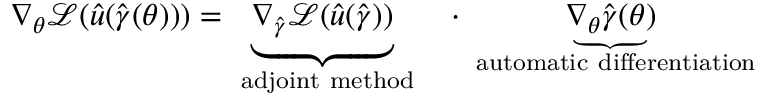
\nabla _ { \boldsymbol { \theta } } \mathcal { L } ( \hat { u } ( \boldsymbol { \hat { \gamma } } ( \boldsymbol { \theta } ) ) ) = \underbrace { \nabla _ { \boldsymbol { \hat { \gamma } } } \mathcal { L } ( \hat { u } ( \boldsymbol { \hat { \gamma } } ) ) } _ { \mathrm { \normalfont ~ a d j o i n t ~ m e t h o d } } \quad \cdot \underbrace { \nabla _ { \boldsymbol { \theta } } \boldsymbol { \hat { \gamma } } ( \boldsymbol { \theta } ) } _ { \mathrm { \normalfont ~ a u t o m a t i c ~ d i f f e r e n t i a t i o n } }